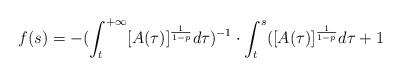
LaTeX: \begin{align*} f(s)=-(\int_t^{+\infty}[A(\tau)]^{\frac{1}{1-p}}d\tau)^{-1}\cdot\int_t^s([A(\tau)]^{\frac{1}{1-p}}d\tau+1\end{align*}